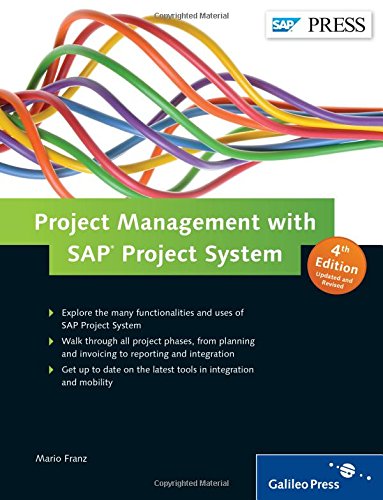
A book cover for Project Management with SAP Project System (4th Edition); Mario Franz; Computers & Technology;